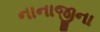
નાનાજીના